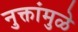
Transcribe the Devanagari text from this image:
नुक्तांमुळे